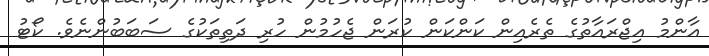
އާންމު އިޖްރައާތުގެ ތެެރެއިން ކަންކަން ކުރަން ޖެހުމުން ހުރި ދަތިތަކުގެ ސަބަބުންނެވެ. ކޯޓު